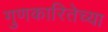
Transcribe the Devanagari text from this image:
गुणकारितेच्या